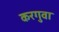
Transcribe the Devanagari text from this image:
करगुवा